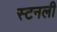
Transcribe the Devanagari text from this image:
स्टनली